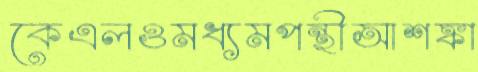
কেএলওমধ্যমপন্থীআশঙ্কা